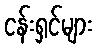
ငန်းရှင်များ